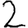
Digit: 2